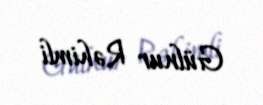
Gülnur Rəhimli